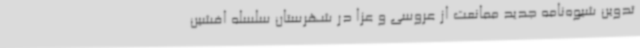
تدوین شیوه‌نامه جدید ممانعت از عروسی و عزا در شهرستان سلسله افشین